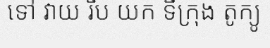
ទៅ វាយ រឹប យក ទីក្រុង តូក្យូ